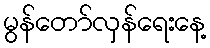
မွန်တော်လှန်ရေးနေ့